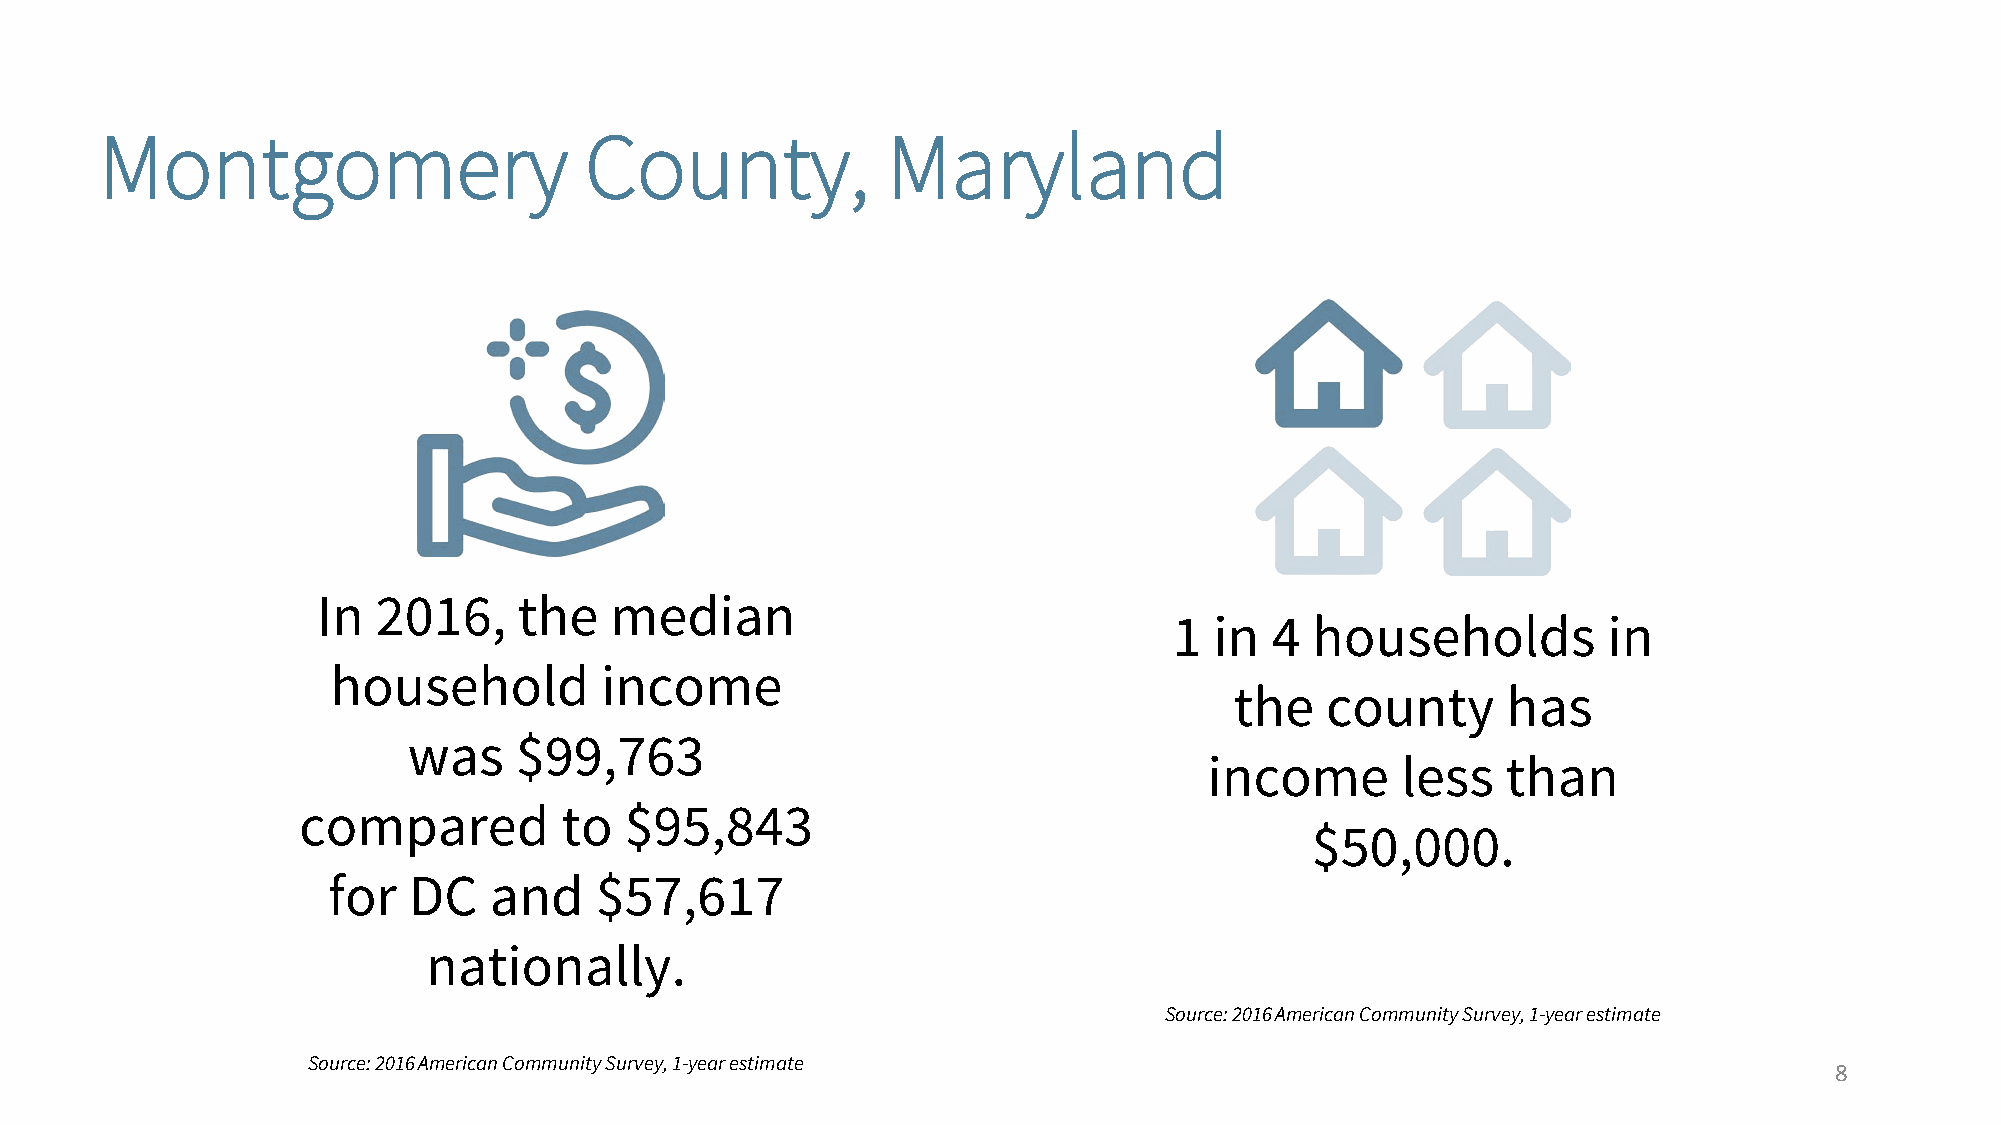
Montgomery                      County,             Maryland
 In  2016,    the   median
 1 in  4  households         in
 household         income
 the   county      has
 was    $99,763
 income       less   than
 compared         to  $95,843
 $50,000.
 for  DC   and    $57,617
 nationally.
 Source: 2016 American Community Survey, 1-year estimate
 Source: 2016 American Community Survey, 1-year estimate
 8